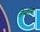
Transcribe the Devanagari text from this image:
तेन्दांग